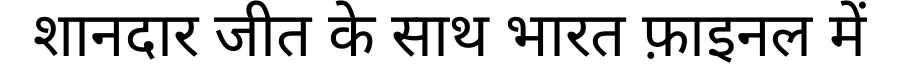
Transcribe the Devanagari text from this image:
शानदार जीत के साथ भारत फ़ाइनल में